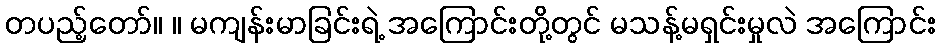
တပည့်တော်။ ။ မကျန်းမာခြင်းရဲ့ အကြောင်းတို့တွင် မသန့်မရှင်းမှုလဲ အကြောင်း